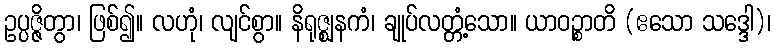
ဥပ္ပဇ္ဇိတွာ၊ ဖြစ်၍။ လဟုံ၊ လျင်စွာ။ နိရုဇ္ဈနကံ၊ ချုပ်လတ္တံ့သော။ ယာဝဉ္စာတိ (ဧသော သဒ္ဒေါ)၊